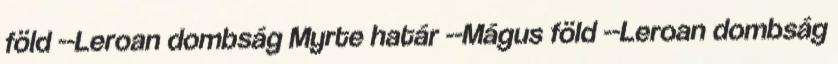
föld --Leroan dombság Myrte határ --Mágus föld --Leroan dombság